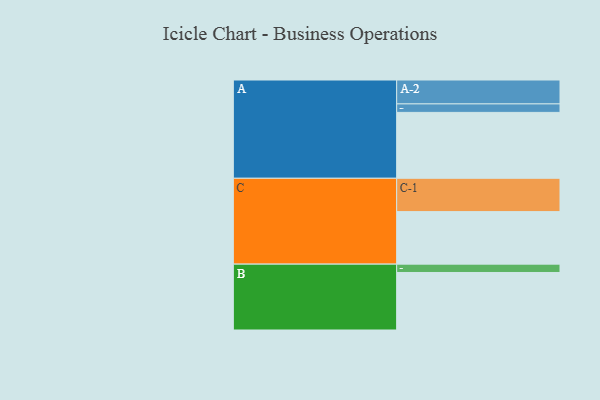
{"axis": {"x": "Segment", "y": "Value"}, "legend": ["", "A", "B", "C"], "data": [{"x": "A", "y": 488, "type": ""}, {"x": "B", "y": 426, "type": ""}, {"x": "C", "y": 389, "type": ""}, {"x": "A-1", "y": 63, "type": "A"}, {"x": "A-2", "y": 177, "type": "A"}, {"x": "B-1", "y": 62, "type": "B"}, {"x": "C-1", "y": 247, "type": "C"}]}